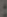
: